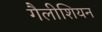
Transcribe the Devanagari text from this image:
गैलीशियन